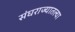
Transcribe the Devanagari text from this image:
संघराज्यातल्या